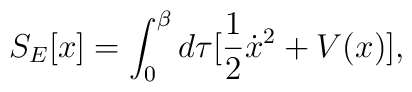
S_E[x] = \int _{0}^{\beta} d\tau [ \frac{1}{2}\dot{x}^2 + V(x)],